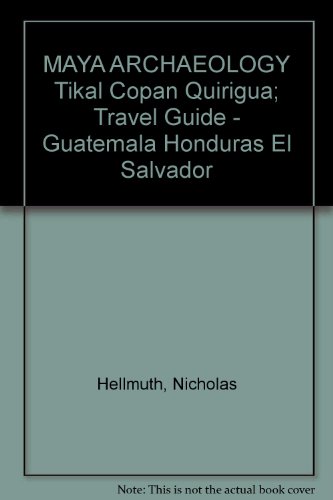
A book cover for MAYA ARCHAEOLOGY Tikal Copan Quirigua; Travel Guide - Guatemala Honduras El Salvador; Nicholas Hellmuth; Travel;